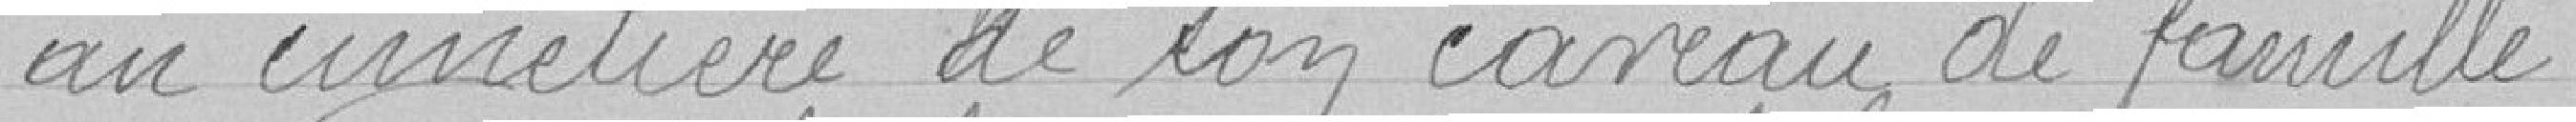
au cimetière de son caveau de famille.